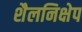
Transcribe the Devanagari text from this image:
शैलनिक्षेप